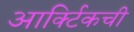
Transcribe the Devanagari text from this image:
आर्क्टिकची